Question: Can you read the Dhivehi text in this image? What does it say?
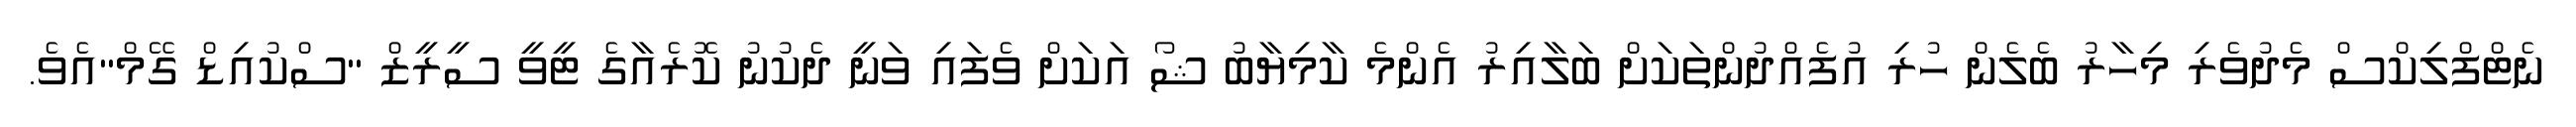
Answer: ނެޓްފްލިކްސް މެދުވެރި މިހާރު ބެލެން ހުރި އުފެއްދުންތަކަށް ބަލާއިރު އެންމެ ކާމިޔާބު ޝޯ އަކަށް ވެފައި ވަނީ ދެކުނު ކޮރެއާގެ ޓީވީ ސީރީޒް "ސްކުއިޑް ގޭމް"އެވެ.